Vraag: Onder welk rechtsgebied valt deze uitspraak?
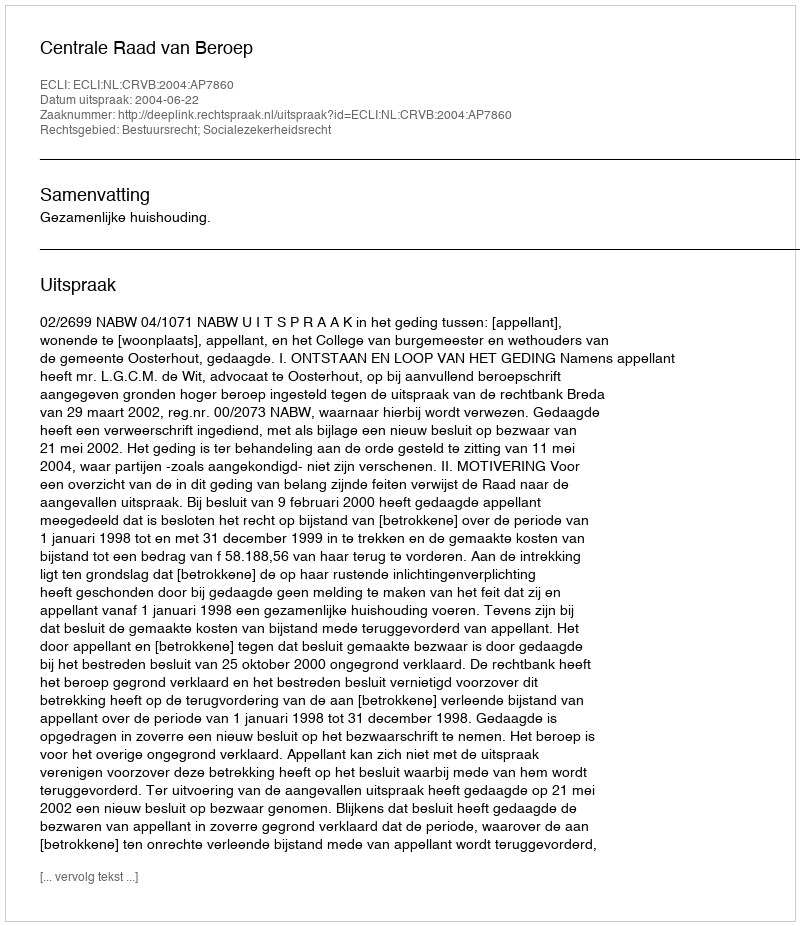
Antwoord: Bestuursrecht; Socialezekerheidsrecht